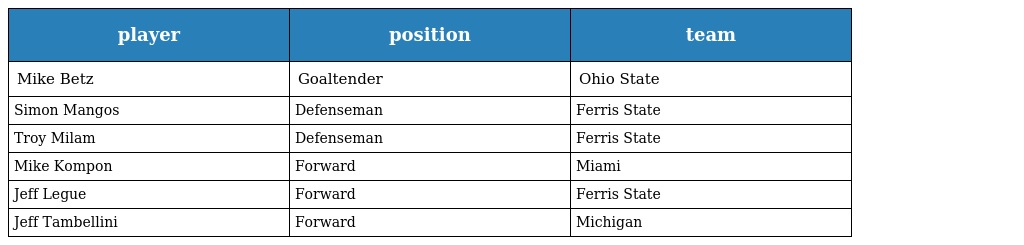
| player | position | team |
 | --- | --- | --- |
 | Mike Betz | Goaltender | Ohio State |
 | Simon Mangos | Defenseman | Ferris State |
 | Troy Milam | Defenseman | Ferris State |
 | Mike Kompon | Forward | Miami |
 | Jeff Legue | Forward | Ferris State |
 | Jeff Tambellini | Forward | Michigan |